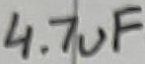
Text: 4.7uF